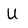
Character: U